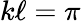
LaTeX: k\ell=\pi